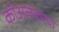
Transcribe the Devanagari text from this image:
कोअलंकरण